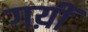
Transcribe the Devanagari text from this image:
गय़ीं